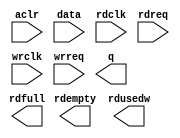
// megafunction wizard: %FIFO%VBB%
// GENERATION: STANDARD
// VERSION: WM1.0
// MODULE: dcfifo 

// ============================================================
// Megafunction Name(s):
// 			dcfifo
//
// Simulation Library Files(s):
// 			altera_mf
// ============================================================
// ************************************************************
// THIS IS A WIZARD-GENERATED FILE. DO NOT EDIT THIS FILE!
//
// 13.1.0 Build 162 10/23/2013 SJ Full Version
// ************************************************************

//Copyright (C) 1991-2013 Altera Corporation
//Your use of Altera Corporation's design tools, logic functions 
//and other software and tools, and its AMPP partner logic 
//functions, and any output files from any of the foregoing 
//(including device programming or simulation files), and any 
//associated documentation or information are expressly subject 
//to the terms and conditions of the Altera Program License 
//Subscription Agreement, Altera MegaCore Function License 
//Agreement, or other applicable license agreement, including, 
//without limitation, that your use is for the sole purpose of 
//programming logic devices manufactured by Altera and sold by 
//Altera or its authorized distributors.  Please refer to the 
//applicable agreement for further details.

module fifo_out_mtl (
	aclr,
	data,
	rdclk,
	rdreq,
	wrclk,
	wrreq,
	q,
	rdempty,
	rdfull,
	rdusedw);

	input	  aclr;
	input	[15:0]  data;
	input	  rdclk;
	input	  rdreq;
	input	  wrclk;
	input	  wrreq;
	output	[15:0]  q;
	output	  rdempty;
	output	  rdfull;
	output	[7:0]  rdusedw;
`ifndef ALTERA_RESERVED_QIS
// synopsys translate_off
`endif
	tri0	  aclr;
`ifndef ALTERA_RESERVED_QIS
// synopsys translate_on
`endif

endmodule

// ============================================================
// CNX file retrieval info
// ============================================================
// Retrieval info: PRIVATE: AlmostEmpty NUMERIC "0"
// Retrieval info: PRIVATE: AlmostEmptyThr NUMERIC "-1"
// Retrieval info: PRIVATE: AlmostFull NUMERIC "0"
// Retrieval info: PRIVATE: AlmostFullThr NUMERIC "-1"
// Retrieval info: PRIVATE: CLOCKS_ARE_SYNCHRONIZED NUMERIC "0"
// Retrieval info: PRIVATE: Clock NUMERIC "4"
// Retrieval info: PRIVATE: Depth NUMERIC "256"
// Retrieval info: PRIVATE: Empty NUMERIC "1"
// Retrieval info: PRIVATE: Full NUMERIC "1"
// Retrieval info: PRIVATE: INTENDED_DEVICE_FAMILY STRING "Cyclone V"
// Retrieval info: PRIVATE: LE_BasedFIFO NUMERIC "0"
// Retrieval info: PRIVATE: LegacyRREQ NUMERIC "0"
// Retrieval info: PRIVATE: MAX_DEPTH_BY_9 NUMERIC "0"
// Retrieval info: PRIVATE: OVERFLOW_CHECKING NUMERIC "0"
// Retrieval info: PRIVATE: Optimize NUMERIC "0"
// Retrieval info: PRIVATE: RAM_BLOCK_TYPE NUMERIC "0"
// Retrieval info: PRIVATE: SYNTH_WRAPPER_GEN_POSTFIX STRING "0"
// Retrieval info: PRIVATE: UNDERFLOW_CHECKING NUMERIC "0"
// Retrieval info: PRIVATE: UsedW NUMERIC "1"
// Retrieval info: PRIVATE: Width NUMERIC "16"
// Retrieval info: PRIVATE: dc_aclr NUMERIC "1"
// Retrieval info: PRIVATE: diff_widths NUMERIC "0"
// Retrieval info: PRIVATE: msb_usedw NUMERIC "0"
// Retrieval info: PRIVATE: output_width NUMERIC "16"
// Retrieval info: PRIVATE: rsEmpty NUMERIC "1"
// Retrieval info: PRIVATE: rsFull NUMERIC "1"
// Retrieval info: PRIVATE: rsUsedW NUMERIC "1"
// Retrieval info: PRIVATE: sc_aclr NUMERIC "0"
// Retrieval info: PRIVATE: sc_sclr NUMERIC "0"
// Retrieval info: PRIVATE: wsEmpty NUMERIC "0"
// Retrieval info: PRIVATE: wsFull NUMERIC "0"
// Retrieval info: PRIVATE: wsUsedW NUMERIC "0"
// Retrieval info: LIBRARY: altera_mf altera_mf.altera_mf_components.all
// Retrieval info: CONSTANT: INTENDED_DEVICE_FAMILY STRING "Cyclone V"
// Retrieval info: CONSTANT: LPM_NUMWORDS NUMERIC "256"
// Retrieval info: CONSTANT: LPM_SHOWAHEAD STRING "ON"
// Retrieval info: CONSTANT: LPM_TYPE STRING "dcfifo"
// Retrieval info: CONSTANT: LPM_WIDTH NUMERIC "16"
// Retrieval info: CONSTANT: LPM_WIDTHU NUMERIC "8"
// Retrieval info: CONSTANT: OVERFLOW_CHECKING STRING "ON"
// Retrieval info: CONSTANT: RDSYNC_DELAYPIPE NUMERIC "4"
// Retrieval info: CONSTANT: READ_ACLR_SYNCH STRING "OFF"
// Retrieval info: CONSTANT: UNDERFLOW_CHECKING STRING "ON"
// Retrieval info: CONSTANT: USE_EAB STRING "ON"
// Retrieval info: CONSTANT: WRITE_ACLR_SYNCH STRING "OFF"
// Retrieval info: CONSTANT: WRSYNC_DELAYPIPE NUMERIC "4"
// Retrieval info: USED_PORT: aclr 0 0 0 0 INPUT GND "aclr"
// Retrieval info: USED_PORT: data 0 0 16 0 INPUT NODEFVAL "data[15..0]"
// Retrieval info: USED_PORT: q 0 0 16 0 OUTPUT NODEFVAL "q[15..0]"
// Retrieval info: USED_PORT: rdclk 0 0 0 0 INPUT NODEFVAL "rdclk"
// Retrieval info: USED_PORT: rdempty 0 0 0 0 OUTPUT NODEFVAL "rdempty"
// Retrieval info: USED_PORT: rdfull 0 0 0 0 OUTPUT NODEFVAL "rdfull"
// Retrieval info: USED_PORT: rdreq 0 0 0 0 INPUT NODEFVAL "rdreq"
// Retrieval info: USED_PORT: rdusedw 0 0 8 0 OUTPUT NODEFVAL "rdusedw[7..0]"
// Retrieval info: USED_PORT: wrclk 0 0 0 0 INPUT NODEFVAL "wrclk"
// Retrieval info: USED_PORT: wrreq 0 0 0 0 INPUT NODEFVAL "wrreq"
// Retrieval info: CONNECT: @aclr 0 0 0 0 aclr 0 0 0 0
// Retrieval info: CONNECT: @data 0 0 16 0 data 0 0 16 0
// Retrieval info: CONNECT: @rdclk 0 0 0 0 rdclk 0 0 0 0
// Retrieval info: CONNECT: @rdreq 0 0 0 0 rdreq 0 0 0 0
// Retrieval info: CONNECT: @wrclk 0 0 0 0 wrclk 0 0 0 0
// Retrieval info: CONNECT: @wrreq 0 0 0 0 wrreq 0 0 0 0
// Retrieval info: CONNECT: q 0 0 16 0 @q 0 0 16 0
// Retrieval info: CONNECT: rdempty 0 0 0 0 @rdempty 0 0 0 0
// Retrieval info: CONNECT: rdfull 0 0 0 0 @rdfull 0 0 0 0
// Retrieval info: CONNECT: rdusedw 0 0 8 0 @rdusedw 0 0 8 0
// Retrieval info: GEN_FILE: TYPE_NORMAL fifo_out_mtl.v TRUE
// Retrieval info: GEN_FILE: TYPE_NORMAL fifo_out_mtl.inc FALSE
// Retrieval info: GEN_FILE: TYPE_NORMAL fifo_out_mtl.cmp FALSE
// Retrieval info: GEN_FILE: TYPE_NORMAL fifo_out_mtl.bsf TRUE FALSE
// Retrieval info: GEN_FILE: TYPE_NORMAL fifo_out_mtl_inst.v FALSE
// Retrieval info: GEN_FILE: TYPE_NORMAL fifo_out_mtl_bb.v TRUE
// Retrieval info: LIB_FILE: altera_mf